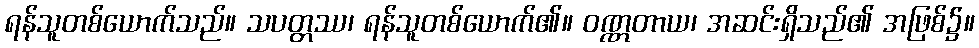
ရန်သူတစ်ယောက်သည်။ သပတ္တဿ၊ ရန်သူတစ်ယောက်၏။ ဝဏ္ဏတာယ၊ အဆင်းရှိသည်၏ အဖြစ်၌။